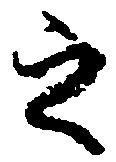
之